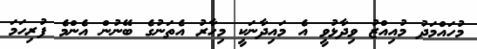
މުހައްމަދު މުއިއްޒު ވިދާޅުވީ އެ މައިދާނަކީ މިހާރު އެތަނުގެ ބޭނުން އެންމެ ފުރިހަމަ